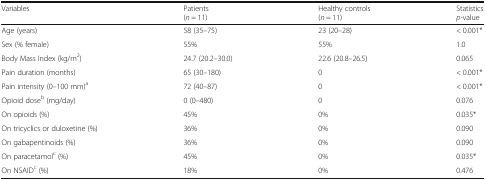
<table><thead><tr><td><b>Variables</b></td><td><b>Patients(<i>n</i> = 11)</b></td><td><b>Healthy controls(<i>n</i> = 11)</b></td><td><b>Statistics<i>p</i>-value</b></td></tr></thead><tbody><tr><td>Age (years)</td><td>58 (35–75)</td><td>23 (20–28)</td><td>&lt; 0.001*</td></tr><tr><td>Sex (% female)</td><td>55%</td><td>55%</td><td>1.0</td></tr><tr><td>Body Mass Index (kg/m<sup>2</sup>)</td><td>24.7 (20.2–30.0)</td><td>22.6 (20.8–26.5)</td><td>0.065</td></tr><tr><td>Pain duration (months)</td><td>65 (30–180)</td><td>0</td><td>&lt; 0.001*</td></tr><tr><td>Pain intensity (0–100 mm)<sup>a</sup></td><td>72 (40–87)</td><td>0</td><td>&lt; 0.001*</td></tr><tr><td>Opioid dose<sup>b</sup> (mg/day)</td><td>0 (0–480)</td><td>0</td><td>0.076</td></tr><tr><td>On opioids (%)</td><td>45%</td><td>0%</td><td>0.035*</td></tr><tr><td>On tricyclics or duloxetine (%)</td><td>36%</td><td>0%</td><td>0.090</td></tr><tr><td>On gabapentinoids (%)</td><td>36%</td><td>0%</td><td>0.090</td></tr><tr><td>On paracetamol<sup>c</sup> (%)</td><td>45%</td><td>0%</td><td>0.035*</td></tr><tr><td>On NSAID<sup>c</sup> (%)</td><td>18%</td><td>0%</td><td>0.476</td></tr></tbody></table>